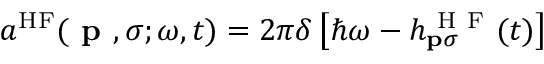
a ^ { \mathrm { H F } } ( \textbf { p } , \sigma ; \omega , t ) = 2 \pi \delta \left[ \hbar \omega - h _ { \mathbf { p } \sigma } ^ { \mathrm { ~ H ~ F ~ } } ( t ) \right]